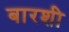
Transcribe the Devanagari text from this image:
बारशी